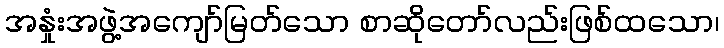
အနှုံးအဖွဲ့အကျော်မြတ်သော စာဆိုတော်လည်းဖြစ်ထသော၊